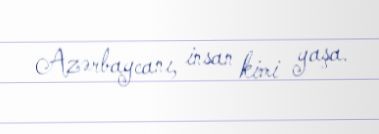
Azərbaycanı, insan kimi yaşa.